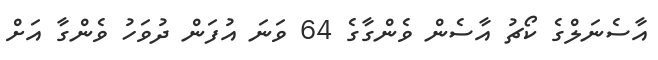
އާސެނަލްގެ ކޯޗު އާސެން ވެންގާގެ 64 ވަނަ އުފަން ދުވަހު ވެންގާ އަށް